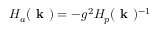
H _ { a } ( \textbf { k } ) = - g ^ { 2 } H _ { p } ( \textbf { k } ) ^ { - 1 }